Distribution and causation of leprosy in British India
Year: 1875
Disease focus: Leprosy
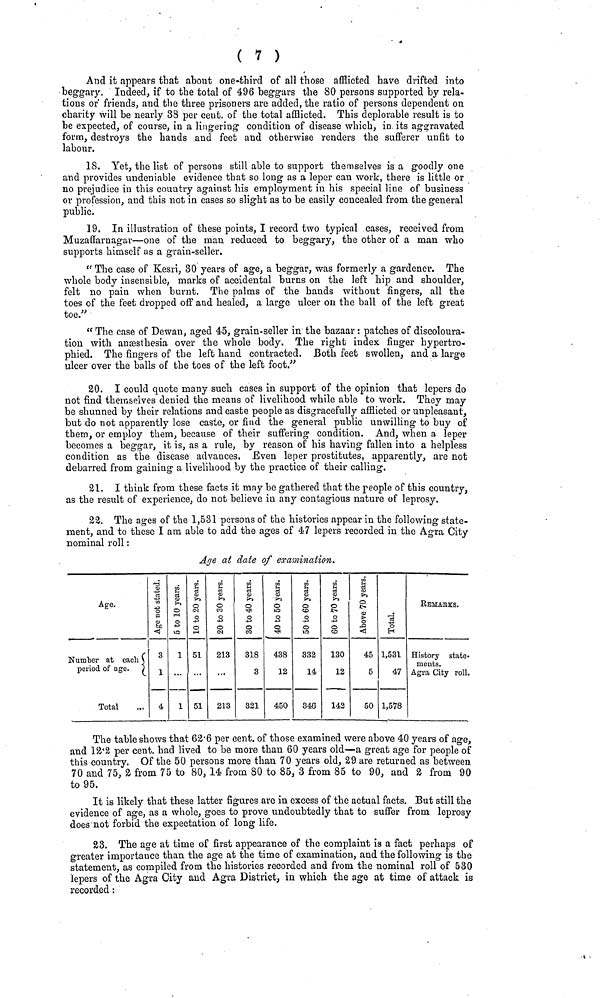
( 7 )
And it appears that about one third of all those afflicted have drifted into
beggary. Indeed, if to the total of 496 beggars the 80 persons supported by rela-
tions or friends, and the three prisoners are added, the ratio of persons dependent on
charity will be nearly 38 per cent, of the total afflicted. This deplorable result is to
be expected, of course, in a lingering condition of disease which, in its aggravated
form, destroys the hands and feet and otherwise renders the sufferer unfit to
labour.
18. Yet, the list of persons still able to support themselves is a goodly one
and provides undeniable evidence that so long as a leper can work, there is little or
no prejudice in this country against Ms employment in his special line of business
or profession, and this not in cases so slight as to be easily concealed from the general
public.
19. In illustration of these points, I record two typical cases, received from
Muzaffarnagar—one of the man reduced to beggary, the other of a man who
supports himself as a grain-seller.
" The case of Kesri, 30 years of age, a beggar, was formerly a gardener. The
whole body insensible, marks of accidental burns on the left hip and shoulder,
felt no pain when burnt. The palms of the hands without fingers, all the
toes of the feet dropped off and healed, a large ulcer on the ball of the left great
toe."
" The case of Dewan, aged 45, grain-seller in the bazaar : patches of discoloura-
tion with anæsthesia over the whole body. The right index finger hypertro-
phied. The fingers of the left hand contracted. Both feet swollen, and a large
ulcer over the balls of the toes of the left foot."
20. I could quote many such cases in support of the opinion that lepers do
not find themselves denied the means of livelihood while able to work. They may
be shunned by their relations and caste people as disgracefully afflicted or unpleasant,
but do not apparently lose caste, or find the general public unwilling to buy of
them, or employ them, because of their suffering condition. And, when a leper
becomes a beggar, it is, as a rule, by reason of his having fallen into a helpless
condition as the disease advances. Even leper prostitutes, apparently, are not
debarred from gaining a livelihood by the practice of their calling.
21. I think from these facts it may be gathered that the people of this country,
as the result of experience, do not believe in any contagious nature of leprosy.
22. The ages of the 1,531 persons of the histories appear in the following state-
ment, and to these I am able to add the ages of 47 lepers recorded in the Agra City
nominal roll :
Age at date of examination.
Age.
Number at
each
period of age.
Total
3
1
4
1
...
1
51
51
213
...
213
318
3
321
40 to 50 years.
438
12
450
332
14
346
130
12
142
45
5
50
1,531
47
1,578
Remarks.
History state-
ments.
Agra City roll.
The table shows that 62·6 per cent, of those examined were above 40 years of age,
and 12·2 per cent, had lived to be more than 60 years old—a great age for people of
this country. Of the 50 persons more than 70 years old, 29 are returned as between
70 and 75, 2 from 75 to 80, 14 from 80 to 85, 3 from 85 to 90, and 2 from 90
to 95.
It is likely that these latter figures are in excess of the actual facts. But still the
evidence of age, as a whole, goes to prove undoubtedly that to suffer from leprosy
does not forbid the expectation of long life.
23. The age at time of first appearance of the complaint is a fact perhaps of
greater importance than the age at the time of examination, and the following is the
statement, as compiled from the histories recorded and from the nominal roll of 530
lepers of the Agra City and Agra District, in which the age at time of attack is
recorded :